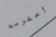
أحترمه